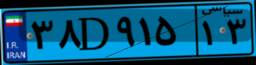
۰۲D۵۱۵۷۸